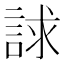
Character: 𧧷